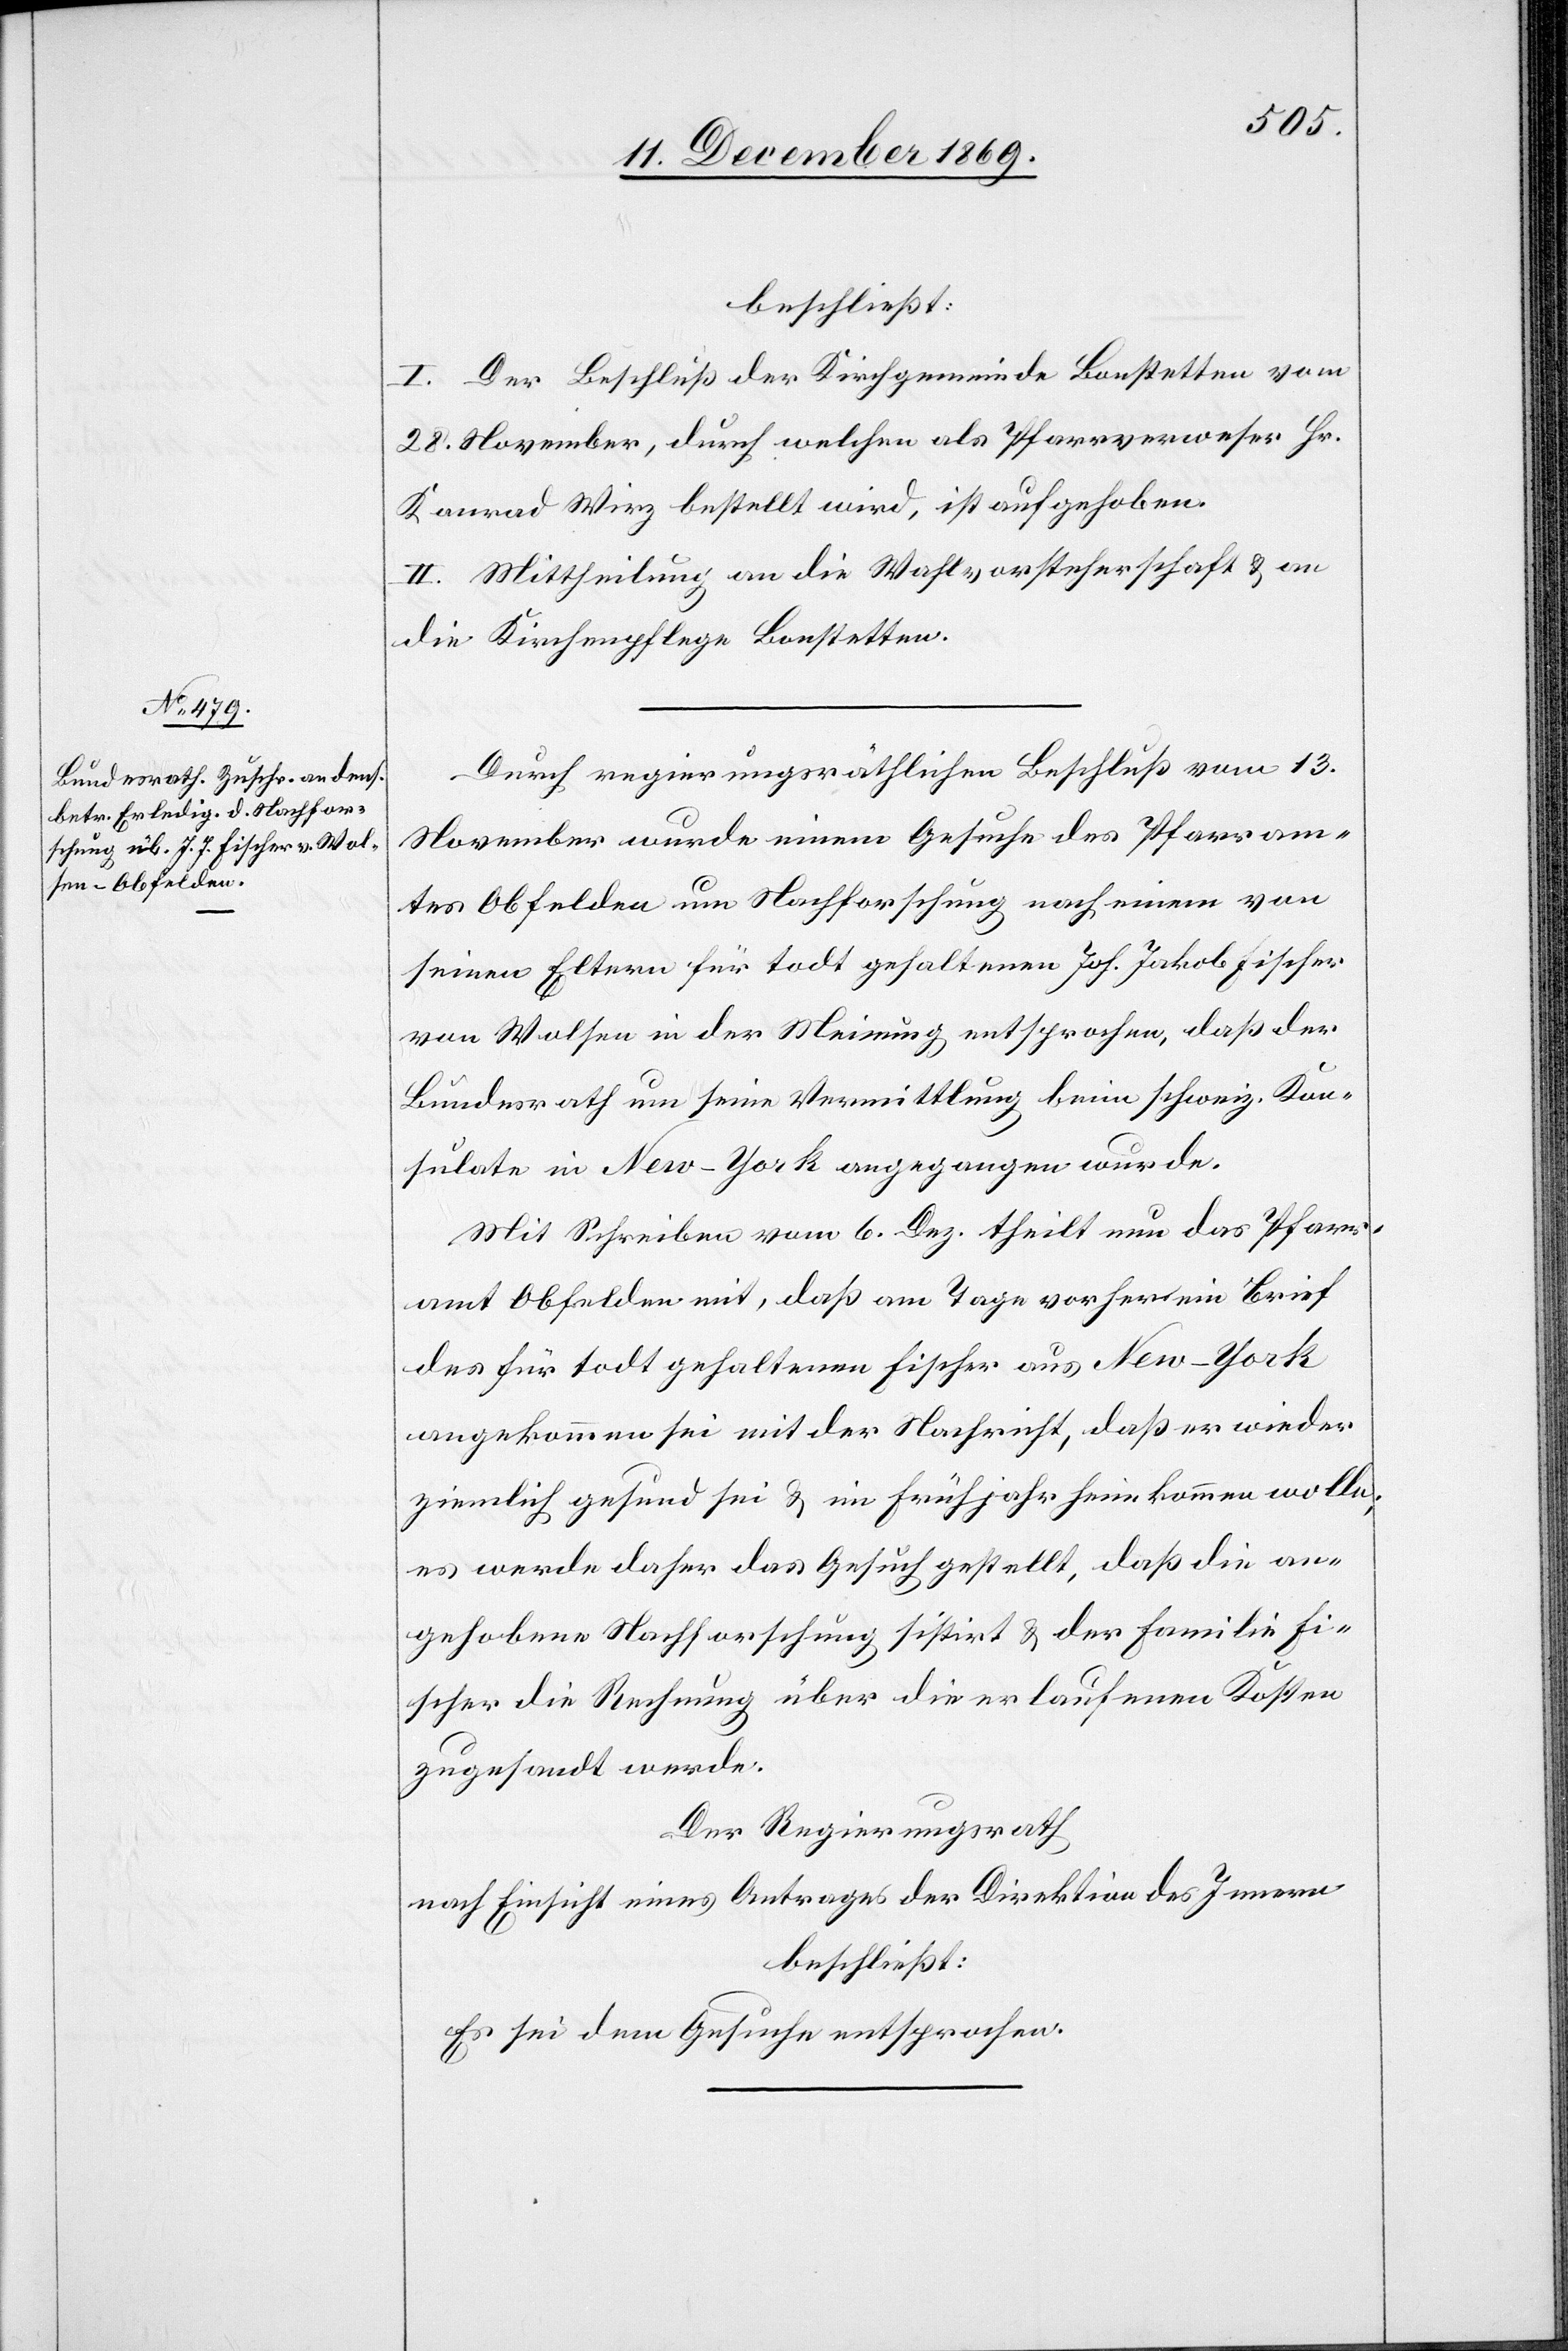
beschließt:
I. Der Beschluß der Kirchgemeinde Bonstetten vom
28. November, durch welchen als Pfarrverweser Hr.
Konrad Wirz bestellt wird, ist aufgehoben.
II. Mittheilung an die Wahlvorsteherschaft & an
die Kirchenpflege Bonstetten.
Durch regierungsräthlichen Beschluß vom 13.
November wurde einem Gesuche des Pfarram¬
tes Obfelden um Nachforschung nach einem von
seinen Eltern für todt gehaltenen Joh. Jakob Fischer
von Wolsen in der Meinung entsprochen, daß der
Bundesrath um seine Vermittlung beim schweiz. Kon¬
sulate in New-York angegangen wurde.
Mit Schreiben vom 6. Dez. theilt nun das Pfarr¬
amt Obfelden mit, daß am Tage vorher ein Brief
des für todt gehaltenen Fischer aus New-York
angekommen sei mit der Nachricht, daß er wieder
ziemlich gesund sei & im Frühjahr heimkommen wolle;
es werde daher das Gesuch gestellt, daß die an¬
gehobene Nachforschung sistirt & der Familie Fi¬
scher die Rechnung über die erlaufenen Kosten
zugesandt werde.
Der Regierungsrath
nach Einsicht eines Antrages der Direktion des Innern
beschließt:
Es sei dem Gesuche entsprochen.